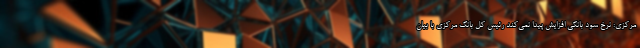
مرکزی: نرخ سود بانکی افزایش پیدا نمی‌کند رئیس کل بانک مرکزی با بیان